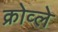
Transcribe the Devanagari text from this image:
क्रोव्ले